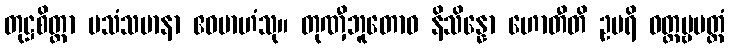
တုဋ္ဌစိတ္တာ ပသံသမာနာ ဧဝမာဟံသု။ တုဏှီဘူတောဝ နိသိန္နော ဟောတီတိ ဥပရိ ဝတ္တဗ္ဗမတ္ထံ